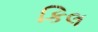
કિલ